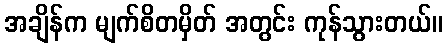
အချိန်က မျက်စိတမှိတ် အတွင်း ကုန်သွားတယ်။